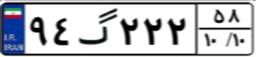
۹۴گ۲۲۲۵۸